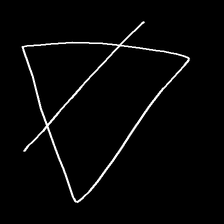
Glyph: empower